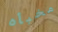
مخبأه